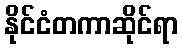
နိုင်ငံတကာဆိုင်ရာ